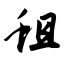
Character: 蛆